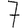
Digit: 7